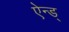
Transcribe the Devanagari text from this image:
ऐन्ड्